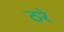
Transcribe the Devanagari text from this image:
ठरे